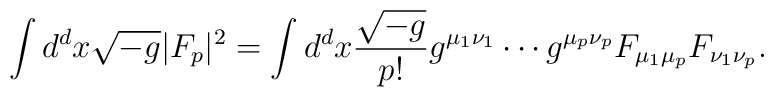
\int d^d x \sqrt{-g}|F_p|^2=\int d^d x {\sqrt{-g}\over p!}g^{\mu_1\nu_1}\cdots g^{\mu_p\nu_p}F_{\mu_1\mu_p}F_{\nu_1\nu_p}.